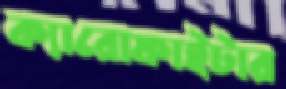
ক্যারোফাইটার